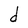
Character: d